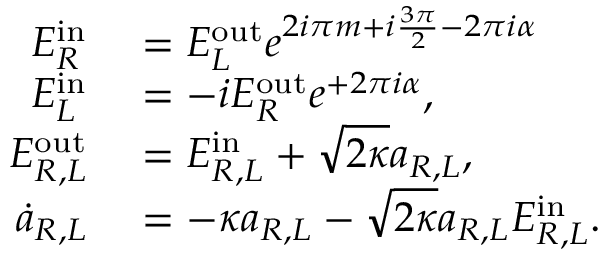
\begin{array} { r l } { E _ { R } ^ { \mathrm { i n } } } & { { } = E _ { L } ^ { \mathrm { o u t } } e ^ { 2 i \pi m + i \frac { 3 \pi } { 2 } - 2 \pi i \alpha } } \\ { E _ { L } ^ { \mathrm { i n } } } & { { } = - i E _ { R } ^ { \mathrm { o u t } } e ^ { + 2 \pi i \alpha } , } \\ { E _ { R , L } ^ { \mathrm { o u t } } } & { { } = E _ { R , L } ^ { \mathrm { { i n } } } + \sqrt { 2 \kappa } a _ { R , L } , } \\ { \dot { a } _ { R , L } } & { { } = - \kappa a _ { R , L } - \sqrt { 2 \kappa } a _ { R , L } E _ { R , L } ^ { \mathrm { i n } } . } \end{array}